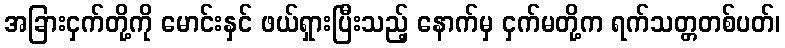
အခြားငှက်တို့ကို မောင်းနှင် ဖယ်ရှားပြီးသည့် နောက်မှ ငှက်မတို့က ရက်သတ္တတစ်ပတ်၊